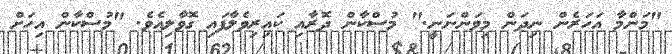
"މަންމާ އަހަރެން ނިދަން މިވަންނަނީ." މުސްކާން ދޮރާއި ކައިރިވެލާފައި ގޮވާލިއެވެ. "މުސްކާން އިހަށް